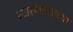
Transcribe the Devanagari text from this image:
स्टारफ्लीटच्या